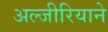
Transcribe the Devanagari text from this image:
अल्जीरियाने